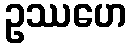
ဥဿဟေ